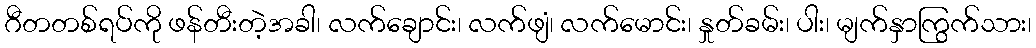
ဂီတတစ်ရပ်ကို ဖန်တီးတဲ့အခါ၊ လက်ချောင်း၊ လက်ဖျံ၊ လက်မောင်း၊ နှုတ်ခမ်း၊ ပါး၊ မျက်နှာကြွက်သား၊